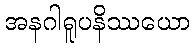
အနဂါရူပနိဿယော